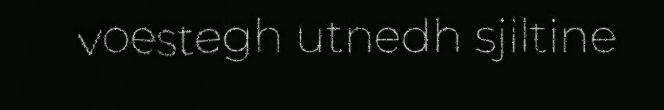
voestegh utnedh sjiltine